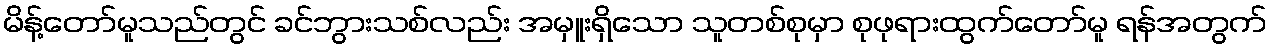
မိန့်တော်မူသည်တွင် ခင်ဘွားသစ်လည်း အမှူးရှိသော သူတစ်စုမှာ စုဖုရားထွက်တော်မူ ရန်အတွက်